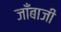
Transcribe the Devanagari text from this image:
जाँबाजी